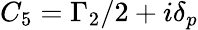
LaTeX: {C_{5}}={\Gamma_{2}}/2+i{\delta_{p}}